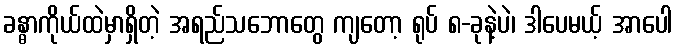
ခန္ဓာကိုယ်ထဲမှာရှိတဲ့ အရည်သဘောတွေ ကျတော့ ရုပ် ၈-ခုနဲ့ပဲ၊ ဒါပေမယ့် အာပေါ